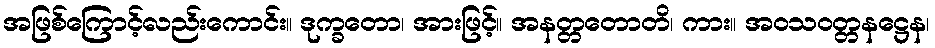
အဖြစ်ကြောင့်လည်းကောင်း။ ဒုက္ခတော၊ အားဖြင့်။ အနတ္တတောတိ၊ ကား။ အဝသဝတ္တနဋ္ဌေန၊